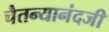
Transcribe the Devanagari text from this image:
चैतन्यानंदजी